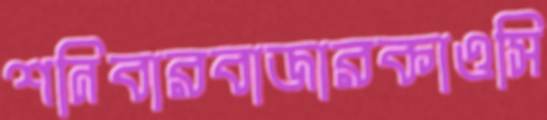
শনিবারবাজারকাওসি